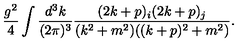
\frac { g ^ { 2 } } { 4 } \int \frac { d ^ { 3 } k } { ( 2 \pi ) ^ { 3 } } \frac { ( 2 k + p ) _ { i } ( 2 k + p ) _ { j } } { ( k ^ { 2 } + m ^ { 2 } ) ( ( k + p ) ^ { 2 } + m ^ { 2 } ) } .